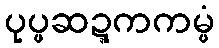
ပုပ္ဖဆဍ္ဍကကမ္မံ